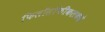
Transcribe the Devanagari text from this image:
फिलॉसॉफीकलकडे